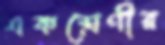
একশ্রেণীর